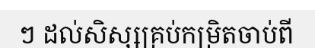
ៗ ដល់សិស្សគ្រប់កម្រិតចាប់ពី